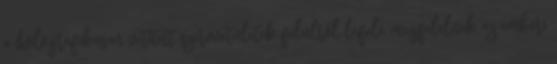
a holografikusan vetített szervvetületek felülről lefelé megfelelnek az emberi